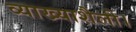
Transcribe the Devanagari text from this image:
व्याख्याशैली।